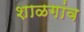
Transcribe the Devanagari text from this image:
शाळगांव